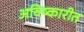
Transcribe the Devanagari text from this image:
अविष्कारीत